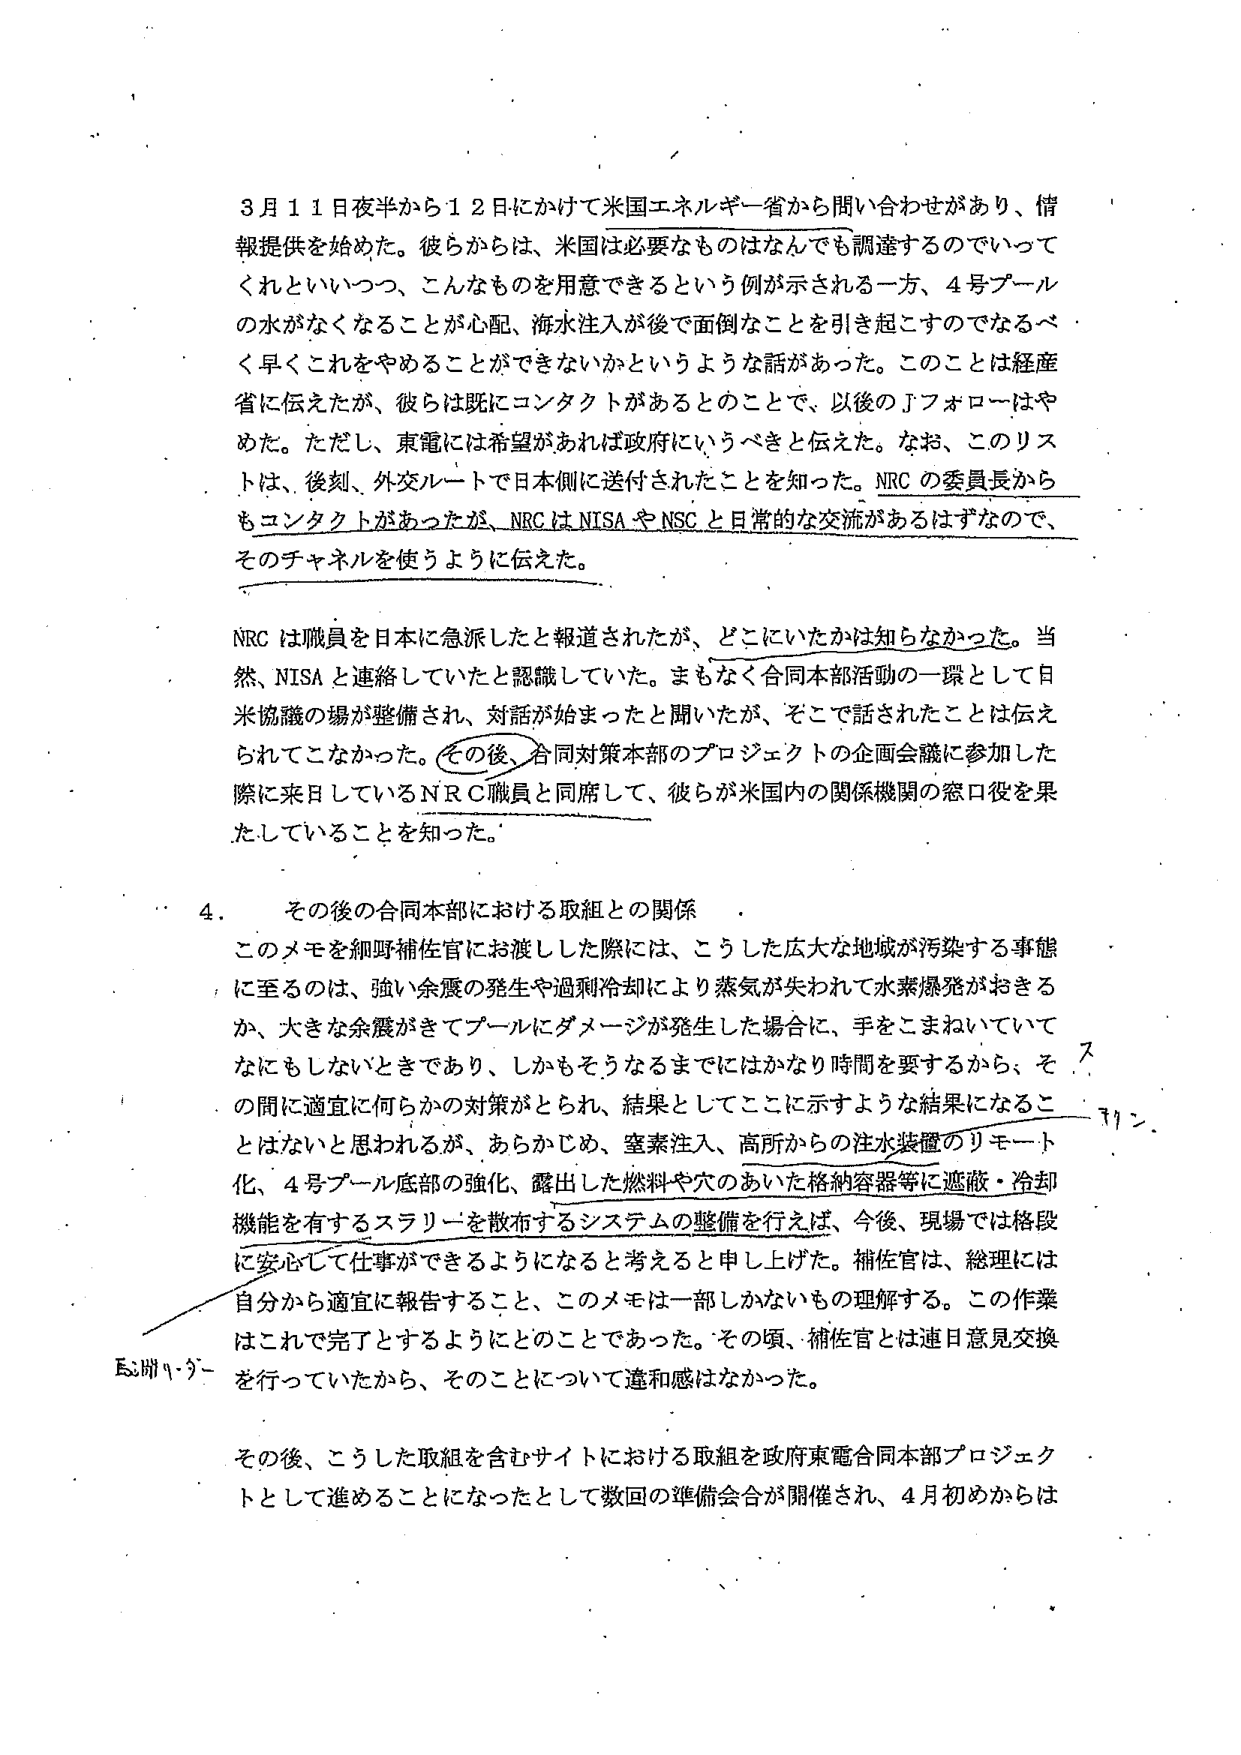
3月11日夜半から12日にかけて米国エネルギー省から問い合わせがあり、情報提供を始めた。彼らからは、米国は必要なものはなんでも調達するのでいってくれといいつつ、こんなものを用意できるという例が示される一方、4号プールの水がなくなることが心配、海水注入が後で面倒なことを引き起こすのでなるべく早くこれをやめることができないかというような話があった。このことは経産省に伝えたが、彼らは既にコンタクトがあるとのことで、以後のJFホローはやめた。ただし、東電には希望があれば政府にいうべきと伝えた。なお、このリストは、後刻、外交ルートで日本側に送付されたことを知った。NRCの委員長からもコンタクトがあったが、NRCはNISAやNSCと日常的な交流があるはずなので、そのチャネルを使うように伝えた。

NRCは職員を日本に急派したと報道されたが、どこにいたかは知らなかった。当然、NISAと連絡していたと認識していた。まもなく合同本部活動の一環として日米協議の場が整備され、対話が始まったと聞いたが、そこで話されたことは伝えられてこなかった。その後、合同対策本部のプロジェクトの企画会議に参加した際に来日しているNRC職員と同席して、彼らが米国内の関係機関の窓口役を果たしていることを知った。

4. その後の合同本部における取組との関係

このメモを細野補佐官にお渡しした際には、こうした広大な地域が汚染する事態に至るのは、強い余震の発生や過剰冷却により蒸気が失われて水素爆発がおきるか、大きな余震がきてプールにダメージが発生した場合に、手をこまねいていてなにもしないときであり、しかもそうなるまでにはかなり時間を要するから、その間に適宜に何らかの対策がとられ、結果としてここに示すような結果になることはないと思われるが、あらかじめ、窒素注入、高所からの注水装置のリモート化、4号プール底部の強化、露出した燃料や穴のあいた格納容器等に遮蔽・冷却機能を有するスラリーを散布するシステムの整備を行えば、今後、現場では格段に安心して仕事ができるようになると考えると申し上げた。補佐官は、総理には自分から適宜に報告すること、このメモは一部しかないもの理解する。この作業はこれで完了とするようにとのことであった。その頃、補佐官とは連日意見交換を行っていたから、そのことについて違和感はなかった。

その後、こうした取組を含むサイトにおける取組を政府東電合同本部プロジェクトとして進めるうことになったとして数回の準備会合が開催され、4月初めからは